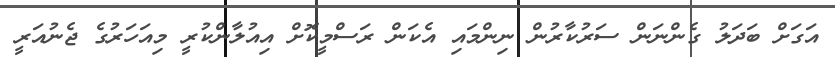
އަގަށް ބަދަލު ގެންނަން ސަރުކާރުން ނިންމައި އެކަން ރަސްމީކޮށް އިއުލާންކުރީ މިއަހަރުގެ ޖެނުއަރީ